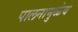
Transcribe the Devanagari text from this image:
पालनामुळेच